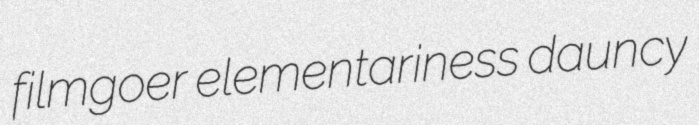
filmgoer elementariness dauncy